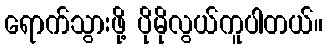
ရောက်သွားဖို့ ပိုမိုလွယ်ကူပါတယ်။